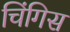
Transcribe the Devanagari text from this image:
चिंगिस